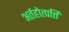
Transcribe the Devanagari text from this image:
अर्तहोत्पत्ति